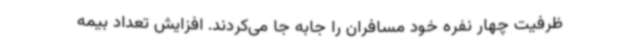
ظرفیت چهار نفره خود مسافران را جابه جا می‌کردند. افزایش تعداد بیمه